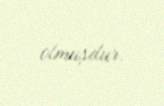
olmuşdur.